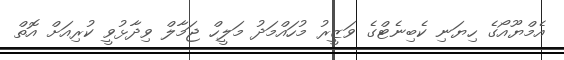
އެމްޔޫއޯގެ ހިޔަނި ކެބިނެޓްގެ ވަޒީރު މުހައްމަދު މަލީހް ޖަމާލް ވިދާޅުވީ ކުރިއަށް އޮތް